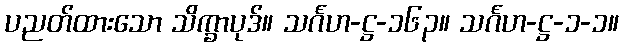
ပညတ်ထားသော သိက္ခာပုဒ်။ သင်္ဂဟ-ဋ္ဌ-၁၆၃။ သင်္ဂဟ-ဋ္ဌ-၁-၁။